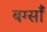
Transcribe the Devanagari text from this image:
बर्ग्साँ